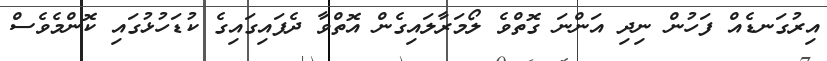
އިރުގަނޑެއް ފަހުން ނިދި އަންނަ ގޮތްވެ ލޯމަރާލައިގެން އޮތްވާ ދެފައިގައިގެ ކުޑަހުޅުގައި ކޮންމެވެސް